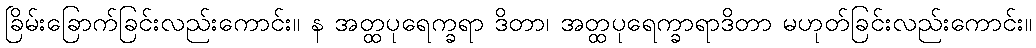
ခြိမ်းခြောက်ခြင်းလည်းကောင်း။ န အတ္ထပုရေက္ခရာ ဒိတာ၊ အတ္ထပုရေက္ခာရာဒိတာ မဟုတ်ခြင်းလည်းကောင်း။